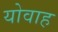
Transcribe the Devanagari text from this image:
योवाह